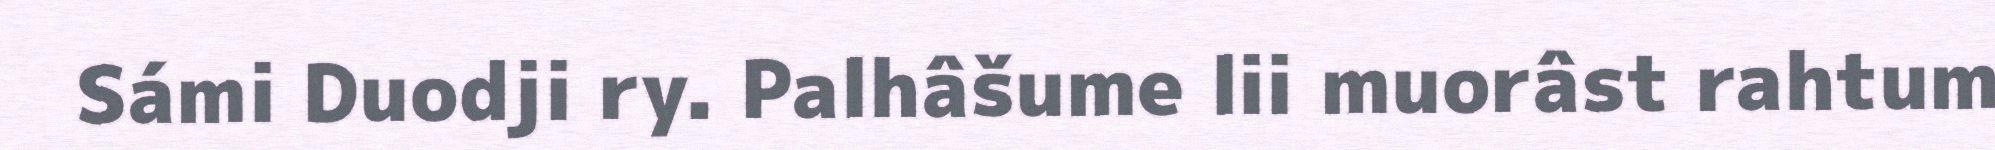
Sámi Duodji ry. Palhâšume lii muorâst rahtum